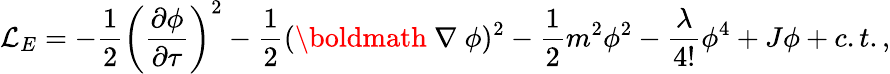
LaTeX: {\cal L}_{E}=-\frac{1}{2}\left(\frac{\partial\phi}{\partial\tau}\right)^{2}-\frac{1}{2}(\mathrm{\boldmath~\nabla~}\phi)^{2}-\frac{1}{2}m^{2}\phi^{2}-\frac{\lambda}{4!}\phi^{4}+J\phi+c.t.,